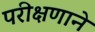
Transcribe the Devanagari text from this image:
परीक्षणाने